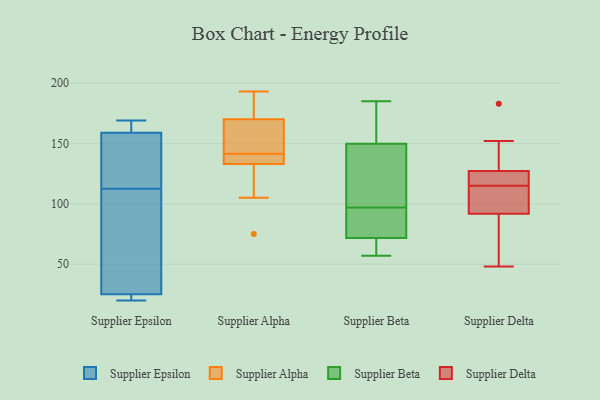
{"axis": {"x": "Budget (USD K)", "y": "Value"}, "legend": ["Supplier Alpha", "Supplier Beta", "Supplier Delta", "Supplier Epsilon"], "data": [{"x": "", "y": 169, "type": "Supplier Epsilon"}, {"x": "", "y": 162, "type": "Supplier Epsilon"}, {"x": "", "y": 22, "type": "Supplier Epsilon"}, {"x": "", "y": 25, "type": "Supplier Epsilon"}, {"x": "", "y": 133, "type": "Supplier Epsilon"}, {"x": "", "y": 82, "type": "Supplier Epsilon"}, {"x": "", "y": 92, "type": "Supplier Epsilon"}, {"x": "", "y": 149, "type": "Supplier Epsilon"}, {"x": "", "y": 20, "type": "Supplier Epsilon"}, {"x": "", "y": 159, "type": "Supplier Epsilon"}, {"x": "", "y": 142, "type": "Supplier Alpha"}, {"x": "", "y": 184, "type": "Supplier Alpha"}, {"x": "", "y": 193, "type": "Supplier Alpha"}, {"x": "", "y": 134, "type": "Supplier Alpha"}, {"x": "", "y": 141, "type": "Supplier Alpha"}, {"x": "", "y": 158, "type": "Supplier Alpha"}, {"x": "", "y": 75, "type": "Supplier Alpha"}, {"x": "", "y": 105, "type": "Supplier Alpha"}, {"x": "", "y": 170, "type": "Supplier Alpha"}, {"x": "", "y": 133, "type": "Supplier Alpha"}, {"x": "", "y": 65, "type": "Supplier Beta"}, {"x": "", "y": 176, "type": "Supplier Beta"}, {"x": "", "y": 76, "type": "Supplier Beta"}, {"x": "", "y": 185, "type": "Supplier Beta"}, {"x": "", "y": 85, "type": "Supplier Beta"}, {"x": "", "y": 135, "type": "Supplier Beta"}, {"x": "", "y": 141, "type": "Supplier Beta"}, {"x": "", "y": 175, "type": "Supplier Beta"}, {"x": "", "y": 74, "type": "Supplier Beta"}, {"x": "", "y": 143, "type": "Supplier Beta"}, {"x": "", "y": 97, "type": "Supplier Beta"}, {"x": "", "y": 61, "type": "Supplier Beta"}, {"x": "", "y": 79, "type": "Supplier Beta"}, {"x": "", "y": 138, "type": "Supplier Beta"}, {"x": "", "y": 57, "type": "Supplier Beta"}, {"x": "", "y": 170, "type": "Supplier Beta"}, {"x": "", "y": 61, "type": "Supplier Beta"}, {"x": "", "y": 108, "type": "Supplier Delta"}, {"x": "", "y": 96, "type": "Supplier Delta"}, {"x": "", "y": 120, "type": "Supplier Delta"}, {"x": "", "y": 125, "type": "Supplier Delta"}, {"x": "", "y": 115, "type": "Supplier Delta"}, {"x": "", "y": 115, "type": "Supplier Delta"}, {"x": "", "y": 117, "type": "Supplier Delta"}, {"x": "", "y": 79, "type": "Supplier Delta"}, {"x": "", "y": 48, "type": "Supplier Delta"}, {"x": "", "y": 61, "type": "Supplier Delta"}, {"x": "", "y": 134, "type": "Supplier Delta"}, {"x": "", "y": 152, "type": "Supplier Delta"}, {"x": "", "y": 183, "type": "Supplier Delta"}]}